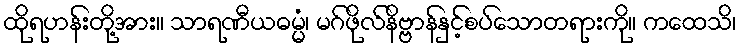
ထိုရဟန်းတို့အား။ သာရဏီယဓမ္မံ၊ မဂ်ဖိုလ်နိဗ္ဗာန်နှင့်စပ်သောတရားကို။ ကထေသိ၊